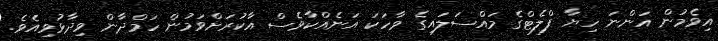
އިވެމުން އަންނަ ހިޔާ ފްލެޓްގެ މައްސަލައިގެ ވާހަކަ އަނެއްކާވެސް އާކުރަށްވަމުން ހަމްދާން ވިދާޅުވިއެވެ.